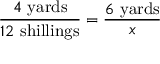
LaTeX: { \frac { 4 \ { \mathrm { y a r d s } } } { 1 2 \ { \mathrm { s h i l l i n g s } } } } = { \frac { 6 \ { \mathrm { y a r d s } } } { x } }